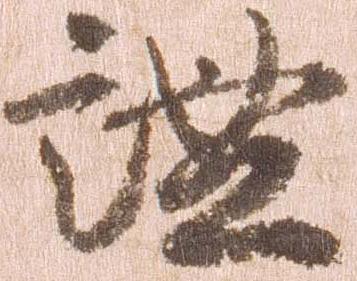
謐